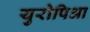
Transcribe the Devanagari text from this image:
युरोपिआ